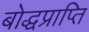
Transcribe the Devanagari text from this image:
बोद्धप्राप्ति